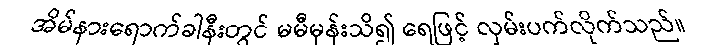
အိမ်နားရောက်ခါနီးတွင် မမီမှန်းသိ၍ ရေဖြင့် လှမ်းပက်လိုက်သည်။